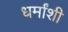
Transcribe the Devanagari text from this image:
धर्मांशी